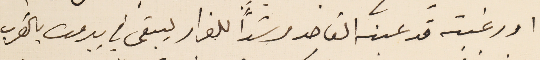
او رغبته قد عينه القاصد مرشداً للفرار ليبقى في بيروت بالقرب